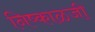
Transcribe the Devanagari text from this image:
निष्काळजी